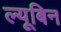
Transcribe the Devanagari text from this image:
ल्यूबिन